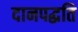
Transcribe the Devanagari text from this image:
दानपद्धति